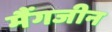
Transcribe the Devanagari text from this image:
मैंगजीन